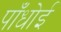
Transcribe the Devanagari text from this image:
पाँधोई